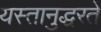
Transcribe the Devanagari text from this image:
यस्तानुद्धरते